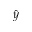
\hat { y }